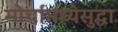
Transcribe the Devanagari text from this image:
मोर्चांमध्येसुद्धा